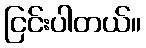
ငြင်းပါတယ်။